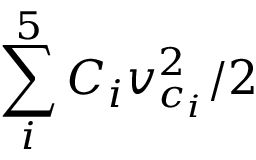
\sum _ { i } ^ { 5 } C _ { i } v _ { c _ { i } } ^ { 2 } / 2